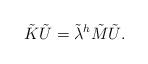
LaTeX: \begin{align*} \tilde{K} \tilde{U} = \tilde{\lambda}^h \tilde{M} \tilde{U}.\end{align*}